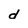
Character: d